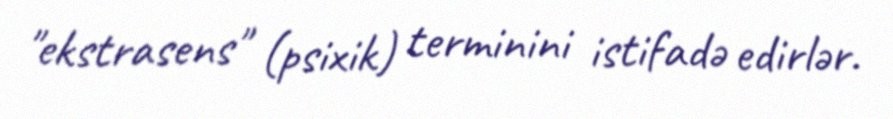
"ekstrasens" (psixik) terminini istifadə edirlər.